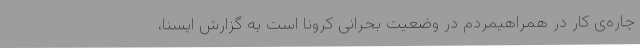
چاره‌ی کار در همراهیمردم در وضعیت بحرانی کرونا است به گزارش ایسنا،